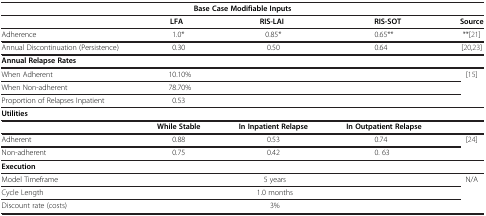
| <COLSPAN=5> Base Case Modifiable Inputs |
 |  | LFA | RIS-LAI | RIS-SOT | Source |
 | --- | --- | --- | --- | --- |
 | Adherence | 1.0* | 0.85* | 0.65** | **[21] |
 | Annual Discontinuation (Persistence) | 0.30 | 0.50 | 0.64 | [20,23] |
 | <COLSPAN=5> Annual Relapse Rates |
 | When Adherent | 10.10% |  |  | <ROWSPAN=3> [15] |
 | When Non-adherent | 78.70% |  |  |
 | Proportion of Relapses Inpatient | 0.53 |  |  |
 | <COLSPAN=5> Utilities |
 |  | While Stable | In Inpatient Relapse | In Outpatient Relapse |  |
 | Adherent | 0.88 | 0.53 | 0.74 | [24] |
 | Non-adherent | 0.75 | 0.42 | 0.63 |  |
 | <COLSPAN=5> Execution |
 | Model Timeframe | <COLSPAN=3> 5 years | <ROWSPAN=3> N/A |
 | Cycle Length | <COLSPAN=3> 1.0 months |
 | Discount rate (costs) | <COLSPAN=3> 3% |